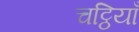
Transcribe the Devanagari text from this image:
चट्ठियाँ